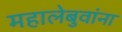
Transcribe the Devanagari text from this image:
महालेबुवांना